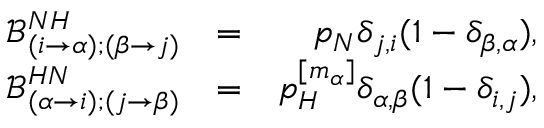
\begin{array} { r l r } { \mathcal { B } _ { ( i \to \alpha ) ; ( \beta \to j ) } ^ { N H } } & { = } & { p _ { N } \delta _ { j , i } ( 1 - \delta _ { \beta , \alpha } ) , } \\ { \mathcal { B } _ { ( \alpha \to i ) ; ( j \to \beta ) } ^ { H N } } & { = } & { p _ { H } ^ { [ m _ { \alpha } ] } \delta _ { \alpha , \beta } ( 1 - \delta _ { i , j } ) , } \end{array}